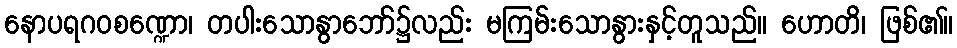
နောပရဂဝစဏ္ဍော၊ တပါးသောနွာဘော်၌လည်း မကြမ်းသောနွားနှင့်တူသည်။ ဟောတိ၊ ဖြစ်၏။